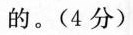
的。(4分)